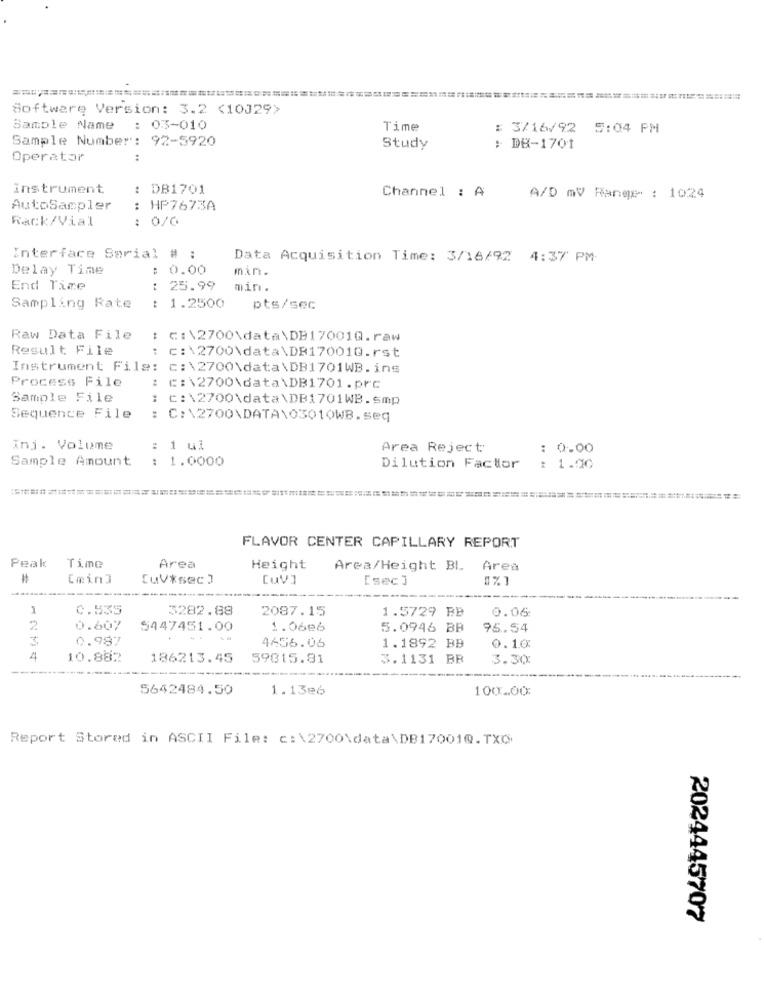
Software Version: 3.2 <10J29>
Sample Name
: 03-010
Time
: 3/16/92 5:04 PM
Sample Number: 92-5920
Study
: DB-1701
Operator
:
instrument
: DB1701
Channel : A
A/D mV Range : 1024
AutoSampler
: HP7673A
Rack/Vial
: 0/0
Interface Sorial # :
Data Acquisition Time: 3/16/92 4:37 PM
Delay Time
0.00
min.
End Time
: 25.99
mir.
: 1.2500
Sampling Rate
pts/sec
Raw Data File
C:\2700\data\DB17001Q.raw
Result File
c:\2700\data\DB17001Q.rst
Instrument File: c:\2700\data\DB1701WB. ins
Process File
: C:\2700\data\DB1701.prc
Sample File
: C:\2700\data\DB1701WB.smp
Sequence File
: C:\2700\DATA\0301OWB.seq
.. ..
Inj. Volume
: 1 ul
Area Reject
: 0.00
Sample Amount
: 1.0000
Dilution Factor
: 1.00
FLAVOR CENTER CAPILLARY REPORT
Peak
Time
Area
Height
Area/Height BL
Area
#
Cmin3
[uV*sec]
[uV]
[sec]
1%1
1
0.535
3282.88
2087.15
1.5729 BB
0.06
2
0.607
S447451.00
1.06e6
5.0946 BB
95.54
3
0.987
4456.06
1.1892 BB
0.10
4
10.882
186213.45
59815.81
3.1131 BB
3.30
5642484.50
1.13e6
100.00
Report Stored in ASCII File: c:\2700\data\DB17001@.TXO
2024445707